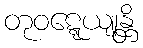
တုဝဋ္ဋေယျုန္တိ